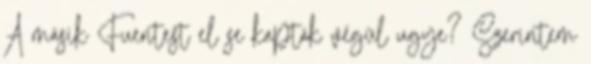
A másik Fuentest el se kapták végül ugye? Szerintem